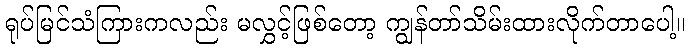
ရုပ်မြင်သံကြားကလည်း မလွှင့်ဖြစ်တော့ ကျွန်တာ်သိမ်းထားလိုက်တာပေါ့။